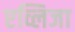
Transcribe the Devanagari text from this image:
एव्लिजा